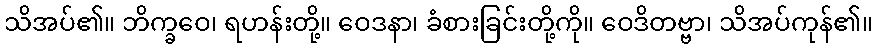
သိအပ်၏။ ဘိက္ခဝေ၊ ရဟန်းတို့။ ဝေဒနာ၊ ခံစားခြင်းတို့ကို။ ဝေဒိတဗ္ဗာ၊ သိအပ်ကုန်၏။